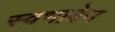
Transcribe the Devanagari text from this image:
स्वभावेन